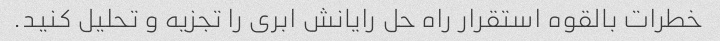
خطرات بالقوه استقرار راه حل رایانش ابری را تجزیه و تحلیل کنید.